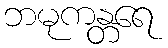
ဘမုကန္တရေ